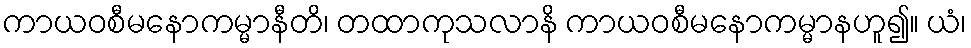
ကာယဝစီမနောကမ္မာနီတိ၊ တထာကုသလာနိ ကာယဝစီမနောကမ္မာနဟူ၍။ ယံ၊